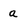
Character: a